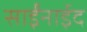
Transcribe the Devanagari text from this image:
साईंनाईद